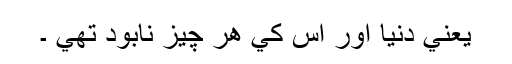
يعني دنيا اور اُس کي ھر چيز نابود تھي ۔